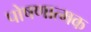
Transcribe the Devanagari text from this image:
पोषणात्मक